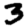
Digit: 3